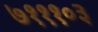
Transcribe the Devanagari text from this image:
७१११०३